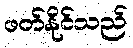
ဖတ်နိုင်သည်